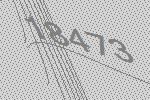
18473